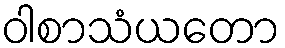
ဝါစာသံယတော